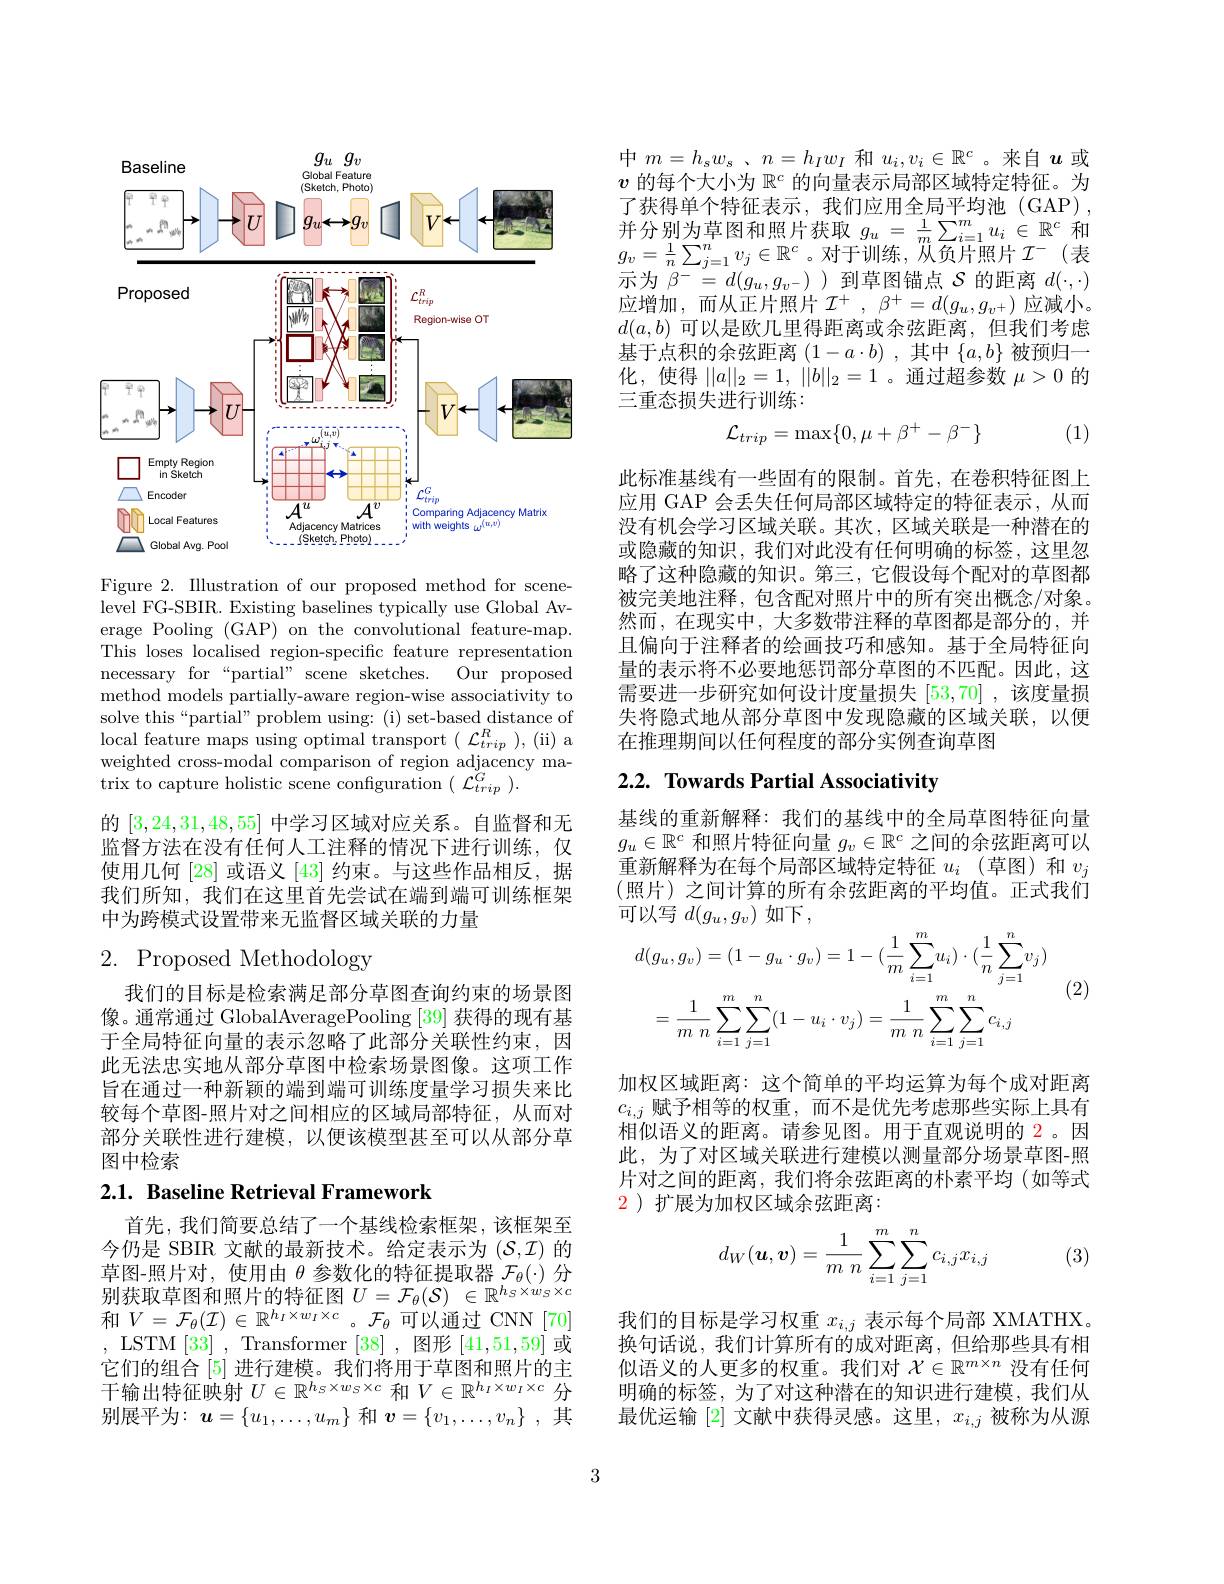
<FigureHere>

Figure 2. Illustration of our proposed method for scenelevel FG-SBIR. Existing baselines typically use Global Average Pooling (GAP) on the convolutional feature-map. This loses localised region-specific feature representation necessary for “partial” scene sketches. Our proposed method models partially-aware region-wise associativity to solve this“partial” problem using: (i) set-based distance of local feature maps using optimal transport ( $L_trip^{R}$ ) , ( ii) a weighted cross-modal comparison of region adjacency matrix to capture holistic scene configuration $(\mathcal{L}_{trip}^{\tilde{G}}).$
的[3,24,31,48,55]中学习区域对应关系。自监督和无监督方法在没有任何人工注释的情况下进行训练，仅使用几何[28]或语义[43]约束。与这些作品相反，据我们所知，我们在这里首先尝试在端到端可训练框架中为跨模式设置带来无监督区域关联的力量

# 2. Proposed Methodology

我们的目标是检索满足部分草图查询约束的场景图像。通常通过 GlobalAveragePooling [39] 获得的现有基于全局特征向量的表示忽略了此部分关联性约束，因此无法忠实地从部分草图中检索场景图像。这项工作旨在通过一种新颖的端到端可训练度量学习损失来比较每个草图-照片对之间相应的区域局部特征，从而对部分关联性进行建模，以便该模型甚至可以从部分草图中检索

# 2.1. Baseline Retrieval Framework

首先，我们简要总结了一个基线检索框架，该框架至今仍是 SBIR 文献的最新技术。给定表示为$(\mathcal{S},\mathcal{I})$的草图-照片对，使用由$\theta$参数化的特征提取器$\mathcal{F}_\theta(\cdot)$分别获取草图和照片的特征图$U=\mathcal{F}_\theta(\mathcal{S})\in\mathbb{R}^{h_S\times w_S\times c}$ 和$V=\mathcal{F}_\theta(\mathcal{I})\in\mathbb{R}^{h_I\times w_I\times c}$。$\mathcal{F}_\theta$可以通过 CNN[70] , LSTM [33], Transformer [38],图形[41,51,59]或它们的组合[5] 进行建模。我们将用于草图和照片的主干输出特征映射$U\in\mathbb{R}^h_S\times w_S\times c$和$V\in\mathbb{R}^h_I\times w_I\times c$分别展平为$:u=\{u_1,\ldots,u_m\}$ 和 $\boldsymbol v=\{v_1,\ldots,v_n\}$ ,其

中$m= h_\mathrm{s} w_\mathrm{s}$ , $n= h_Iw_I$和$u_i,v_i\in\mathbb{R}^c$。来自$u$或$v$的每个大小为$\mathbb{R}^c$的向量表示局部区域特定特征。为了获得单个特征表示，我们应用全局平均池(GAP), $\underset{1}{\operatorname*{\operatorname*{\text{并分别为草图和照片获取}}}}g_{u}=\frac{1}{m}\sum_{i=1}^{m}u_{i}\in\mathbb{R}^{c}$和$g_v=\frac1n\sum_{j=1}^nv_j\in\mathbb{R}^c$。对于训练，从负片照片$\mathcal{I}^-($表示为$\beta^{-}=d(g_u,g_v^{-})$ )到草图锚点$\mathcal{S}$的距离$d(\cdot,\cdot)$ 应增加，而从正片照片$\mathcal{I}^+,\beta^+=d(g_u,g_v+)$应减小。$d(a,b)$可以是欧几里得距离或余弦距离，但我们考虑基于点积的余弦距离$(1-a\cdot b)$ ,其中$\{a,b\}$被预归一化，使得$| | a| | _2= 1$, $| | b| | _2= 1$ 。通过超参数$\mu>0$的三重态损失进行训练：
$$\mathcal{L}_{trip}=\max\{0,\mu+\beta^+-\beta^-\}$$
(1)

此标准基线有一些固有的限制。首先，在卷积特征图上应用 GAP 会丢失任何局部区域特定的特征表示，从而没有机会学习区域关联。其次，区域关联是一种潜在的或隐藏的知识，我们对此没有任何明确的标签，这里忽略了这种隐藏的知识。第三，它假设每个配对的草图都被完美地注释，包含配对照片中的所有突出概念/对象。然而，在现实中，大多数带注释的草图都是部分的，并且偏向于注释者的绘画技巧和感知。基于全局特征向量的表示将不必要地惩罚部分草图的不匹配。因此，这需要进一步研究如何设计度量损失[53,70] ,该度量损失将隐式地从部分草图中发现隐藏的区域关联，以便在推理期间以任何程度的部分实例查询草图

# 2.2. Towards Partial Associativity

基线的重新解释：我们的基线中的全局草图特征向量$g_u\in\mathbb{R}^c$和照片特征向量$g_v\in\mathbb{R}^c$之间的余弦距离可以重新解释为在每个局部区域特定特征$u_i$ (草图)和$v_j$ (照片)之间计算的所有余弦距离的平均值。正式我们可以写 $d(g_u,g_v)$ 如下，

(2)
$$\begin{aligned}&d(g_{u},g_{v})=(1-g_{u}\cdot g_{v})=1-(\frac{1}{m}\sum_{i=1}^{m}u_{i})\cdot(\frac{1}{n}\sum_{j=1}^{n}v_{j})\\&=\frac{1}{m\:n}\sum_{i=1}^{m}\sum_{j=1}^{n}(1-u_{i}\cdot v_{j})=\frac{1}{m\:n}\sum_{i=1}^{m}\sum_{j=1}^{n}c_{i,j}\end{aligned}$$
加权区域距离：这个简单的平均运算为每个成对距离$c_{i,j}$赋予相等的权重，而不是优先考虑那些实际上具有相似语义的距离。请参见图。用于直观说明的 2。因此，为了对区域关联进行建模以测量部分场景草图-照片对之间的距离，我们将余弦距离的朴素平均 (如等式$\color{red}2$ )扩展为加权区域余弦距离：
$$d_W(\boldsymbol{u},\boldsymbol{v})=\frac{1}{m\:n}\sum_{i=1}^m\sum_{j=1}^nc_{i,j}x_{i,j}$$
(3)

我们的目标是学习权重$x_{i,j}$表示每个局部 XMATHX。换句话说，我们计算所有的成对距离，但给那些具有相似语义的人更多的权重。我们对$\mathcal{X}\in\mathbb{R}^m\times n$没有任何明确的标签，为了对这种潜在的知识进行建模，我们从最优运输[2]文献中获得灵感。这里，$x_i,j$被称为从源

3